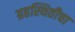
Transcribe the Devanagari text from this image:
ग्रहस्थितीचा